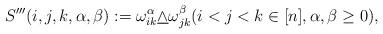
LaTeX: \begin{align*}S'''(i,j,k,\alpha,\beta):=\omega_{ik}^\alpha\underline\wedge\omega_{jk}^\beta (i<j<k\in[n],\alpha,\beta\geq 0), \end{align*}